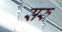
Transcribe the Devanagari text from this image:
सरु